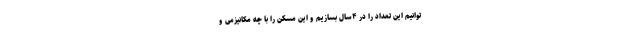
توانیم این تعداد را در ۴سال بسازیم و این مسکن را با چه مکانیزمی و